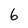
Character: 6